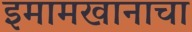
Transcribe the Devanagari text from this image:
इमामखानाचा